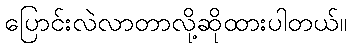
ပြောင်းလဲလာတာလို့ဆိုထားပါတယ်။